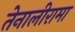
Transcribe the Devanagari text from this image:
तेनालीरामा